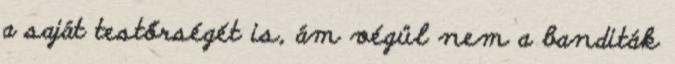
a saját testőrségét is, ám végül nem a banditák